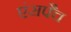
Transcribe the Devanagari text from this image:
एंसपैच